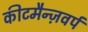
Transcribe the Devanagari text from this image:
कीटमैन्ज़वर्प